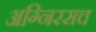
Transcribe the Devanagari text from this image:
अग्निरसच